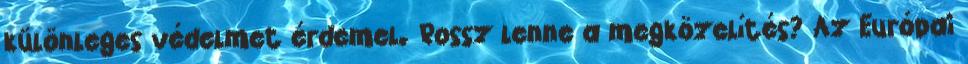
különleges védelmet érdemel. Rossz lenne a megközelítés? Az Európai